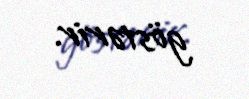
göstərir.